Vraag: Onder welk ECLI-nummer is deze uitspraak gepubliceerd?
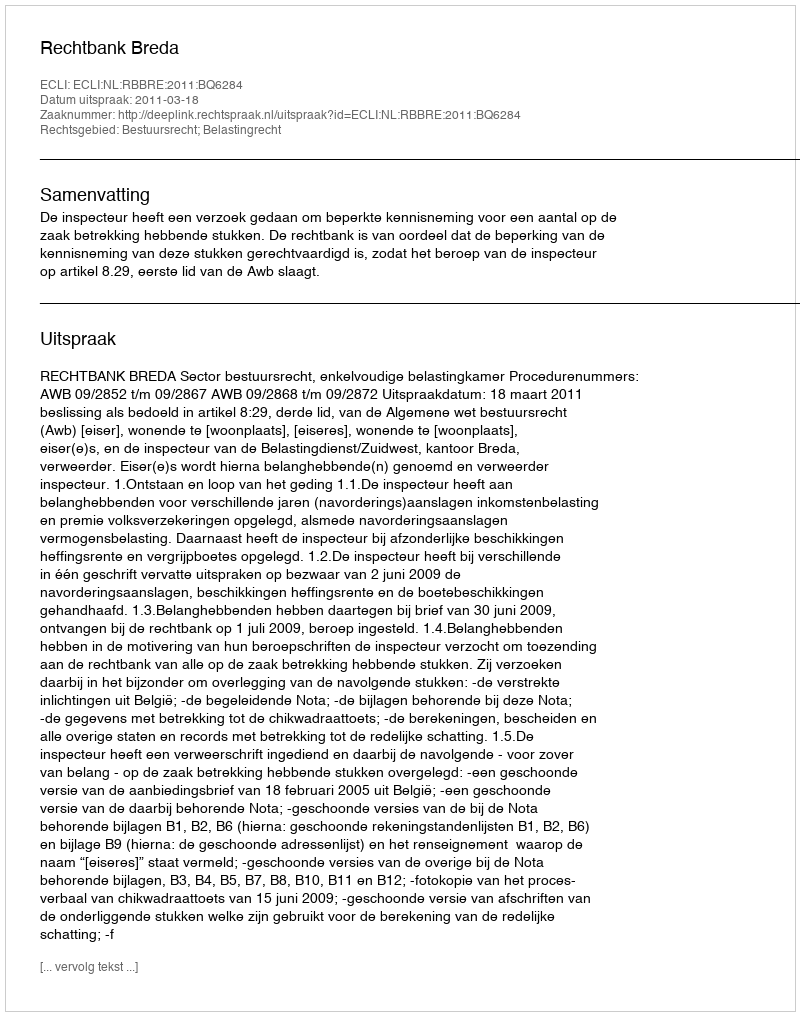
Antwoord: ECLI:NL:RBBRE:2011:BQ6284